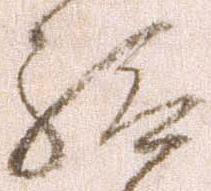
給